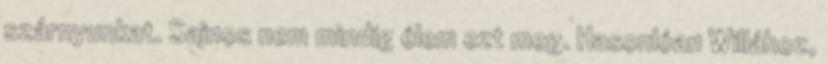
szárnyunkat. Sajnos nem mindig élem ezt meg. Hasonlóan Willához,